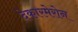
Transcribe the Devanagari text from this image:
देकारमेरोन